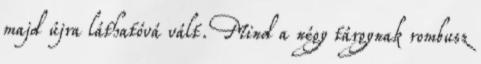
majd újra láthatóvá vált. Mind a négy tárgynak rombusz